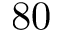
8 0